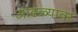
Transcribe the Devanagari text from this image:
आढळ्यावर